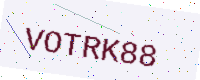
Text: VOTRK88